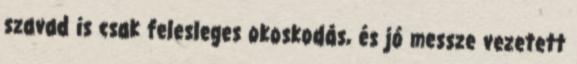
szavad is csak felesleges okoskodás, és jó messze vezetett